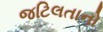
જટિલતાનો